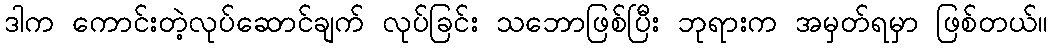
ဒါက ကောင်းတဲ့လုပ်ဆောင်ချက် လုပ်ခြင်း သဘောဖြစ်ပြီး ဘုရားက အမှတ်ရမှာ ဖြစ်တယ်။